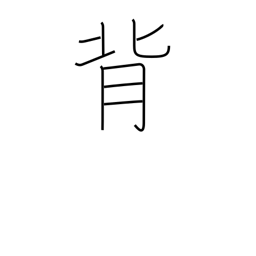
Meaning: go back on